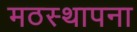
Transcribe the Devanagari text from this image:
मठस्थापना